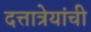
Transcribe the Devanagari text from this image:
दत्तात्रेयांची